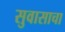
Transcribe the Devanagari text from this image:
सुवासाचा